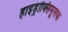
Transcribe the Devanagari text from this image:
हाइड्रॉक्सिमूलक